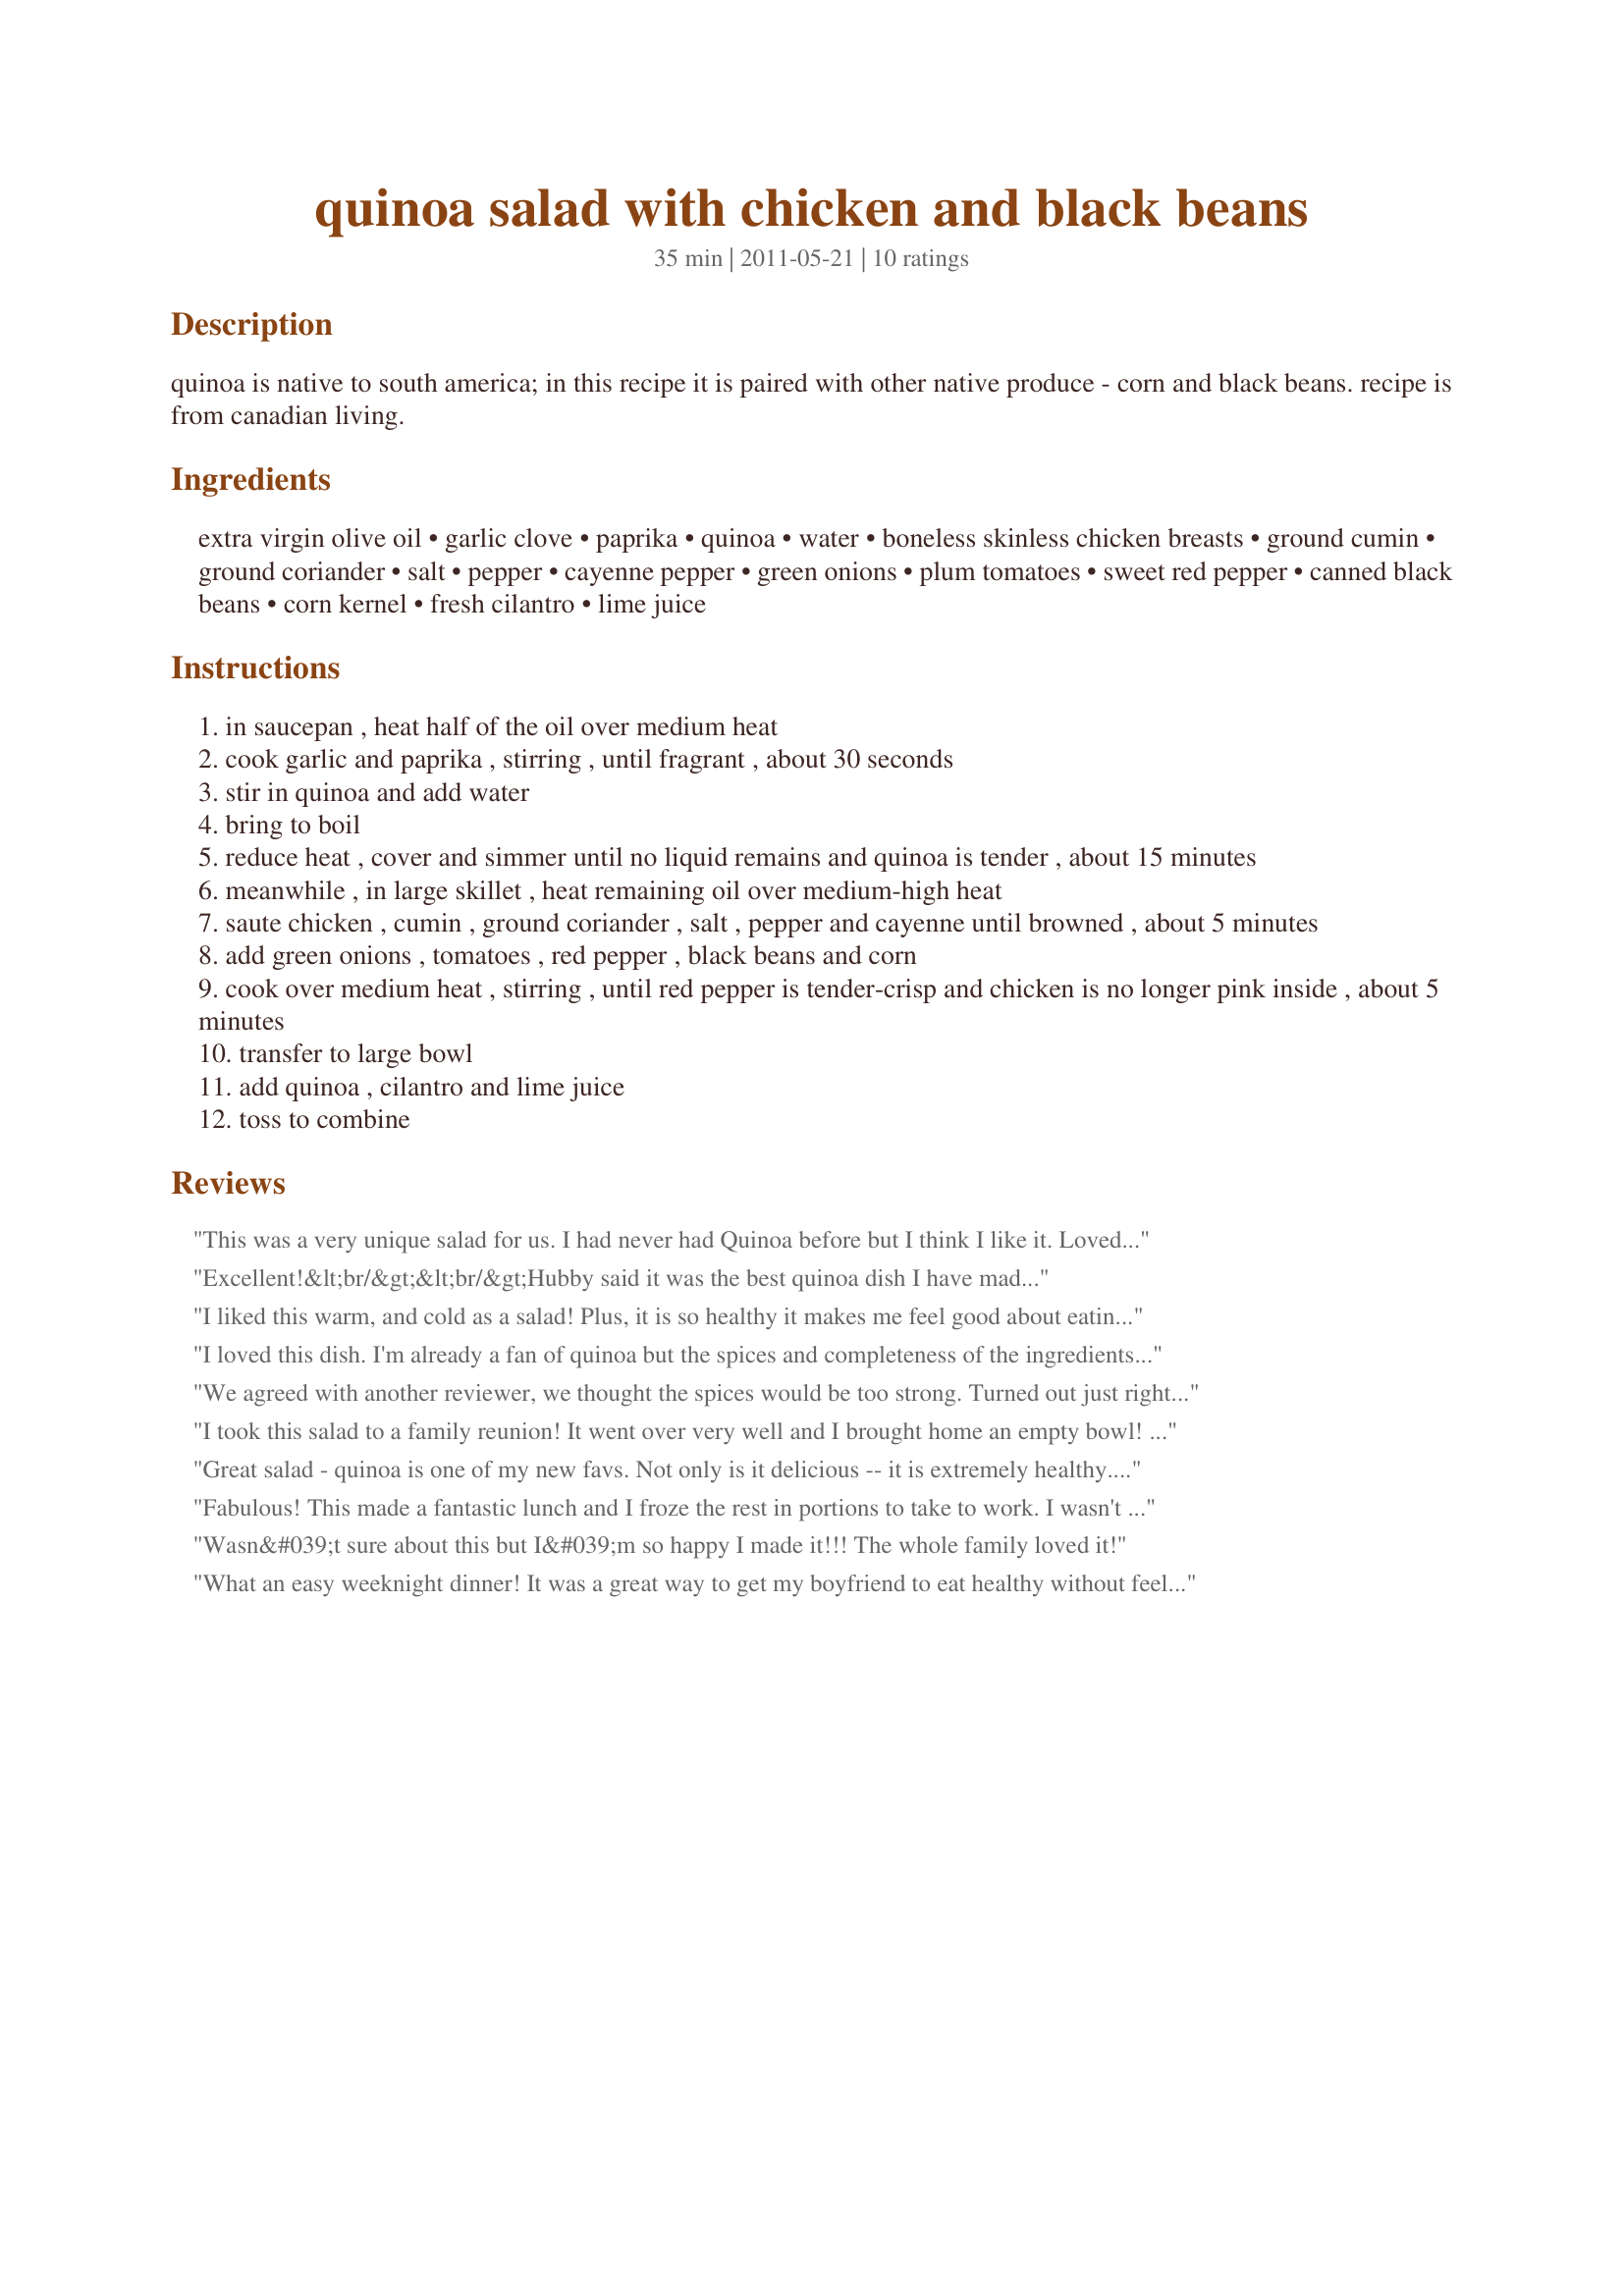
quinoa salad with chicken and black beans
Preparation time: 35 minutes

quinoa is native to south america; in this recipe it is paired with other native produce - corn and black beans. recipe is from canadian living.

Ingredients:
extra virgin olive oil, garlic clove, paprika, quinoa, water, boneless skinless chicken breasts, ground cumin, ground coriander, salt, pepper, cayenne pepper, green onions, plum tomatoes, sweet red pepper, canned black beans, corn kernel, fresh cilantro, lime juice

Steps:
in saucepan , heat half of the oil over medium heat
cook garlic and paprika , stirring , until fragrant , about 30 seconds
stir in quinoa and add water
bring to boil
reduce heat , cover and simmer until no liquid remains and quinoa is tender , about 15 minutes
meanwhile , in large skillet , heat remaining oil over medium-high heat
saute chicken , cumin , ground coriander , salt , pepper and cayenne until browned , about 5 minutes
add green onions , tomatoes , red pepper , black beans and corn
cook over medium heat , stirring , until red pepper is tender-crisp and chicken is no longer pink inside , about 5 minutes
transfer to large bowl
add quinoa , cilantro and lime juice
toss to combine

Reviews:
This was a very unique salad for us. I had never had Quinoa before but I think I like it. Loved the combination of spices although I cut back on the Cilantro, personal preference. Thanks for sharing.
Excellent!&lt;br/&gt;&lt;br/&gt;Hubby said it was the best quinoa dish I have made :)
I liked this warm, and cold as a salad! Plus, it is so healthy it makes me feel good about eating it! I really enjoyed the spices in this, thought they were perfect with the other ingredients. Thanks for sharing! Made for Went to the Market Tag game.
I loved this dish. I'm already a fan of quinoa but the spices and completeness of the ingredients made this a tasty, one-dish meal served warm. Today I'm going to have it cold over a bed of lettuce...yum! I'm putting this right into my 2013 Best Of cookbook :-).
We agreed with another reviewer, we thought the spices would be too strong. Turned out just right. Will definitely be making this one again.
I took this salad to a family reunion! It went over very well and I brought home an empty bowl! I like the flavor and the ease of putting it together.<br/><br/>Thanks
Great salad - quinoa is one of my new favs. Not only is it delicious -- it is extremely healthy. Loved all the added ingredients -- it makes a very filling lunch or dinner entree. Made for PRMR, October, 2013.
Fabulous! This made a fantastic lunch and I froze the rest in portions to take to work. I wasn't sure if the amount of spices would be too much, but it was spot on. Made for Went to the Market tag game. Thanks Deantini! :)
Wasn&#039;t sure about this but I&#039;m so happy I made it!!! The whole family loved it!
What an easy weeknight dinner! It was a great way to get my boyfriend to eat healthy without feeling like we were sacrificing the flavor. A wonderful blend of spices and awesome leftovers to put on fresh tortillas.
